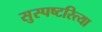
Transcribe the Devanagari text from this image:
सुस्पष्टरित्या